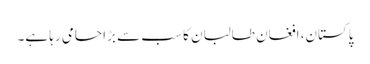
پاکستان، افغان طالبان کا سب سے بڑا حامی رہا ہے۔